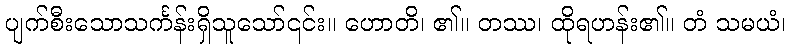
ပျက်စီးသောသင်္ကန်းရှိသူသော်၎င်း။ ဟောတိ၊ ၏။ တဿ၊ ထိုရဟန်း၏။ တံ သမယံ၊